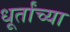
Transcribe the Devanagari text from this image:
धूर्तांच्या